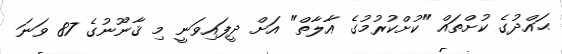
ޙައްދުގެ ކުށްތައް "ކުށްކުރުމުގެ އާލާތް" އަށް ދީފައިވަނީ މި ޤާނޫނުގެ 87 ވަނަ